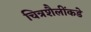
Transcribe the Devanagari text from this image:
चित्रशैलींकडे